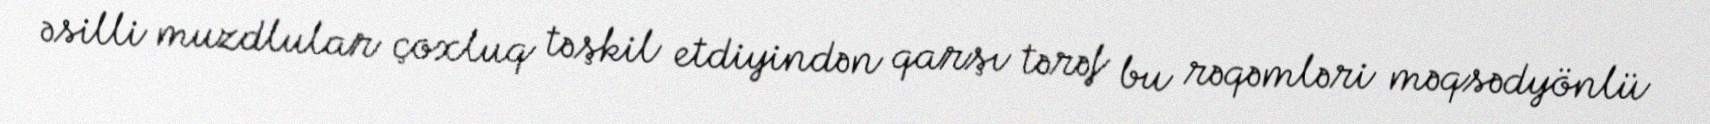
əsilli muzdlular çoxluq təşkil etdiyindən qarşı tərəf bu rəqəmləri məqsədyönlü